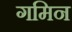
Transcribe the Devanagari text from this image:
गमिन